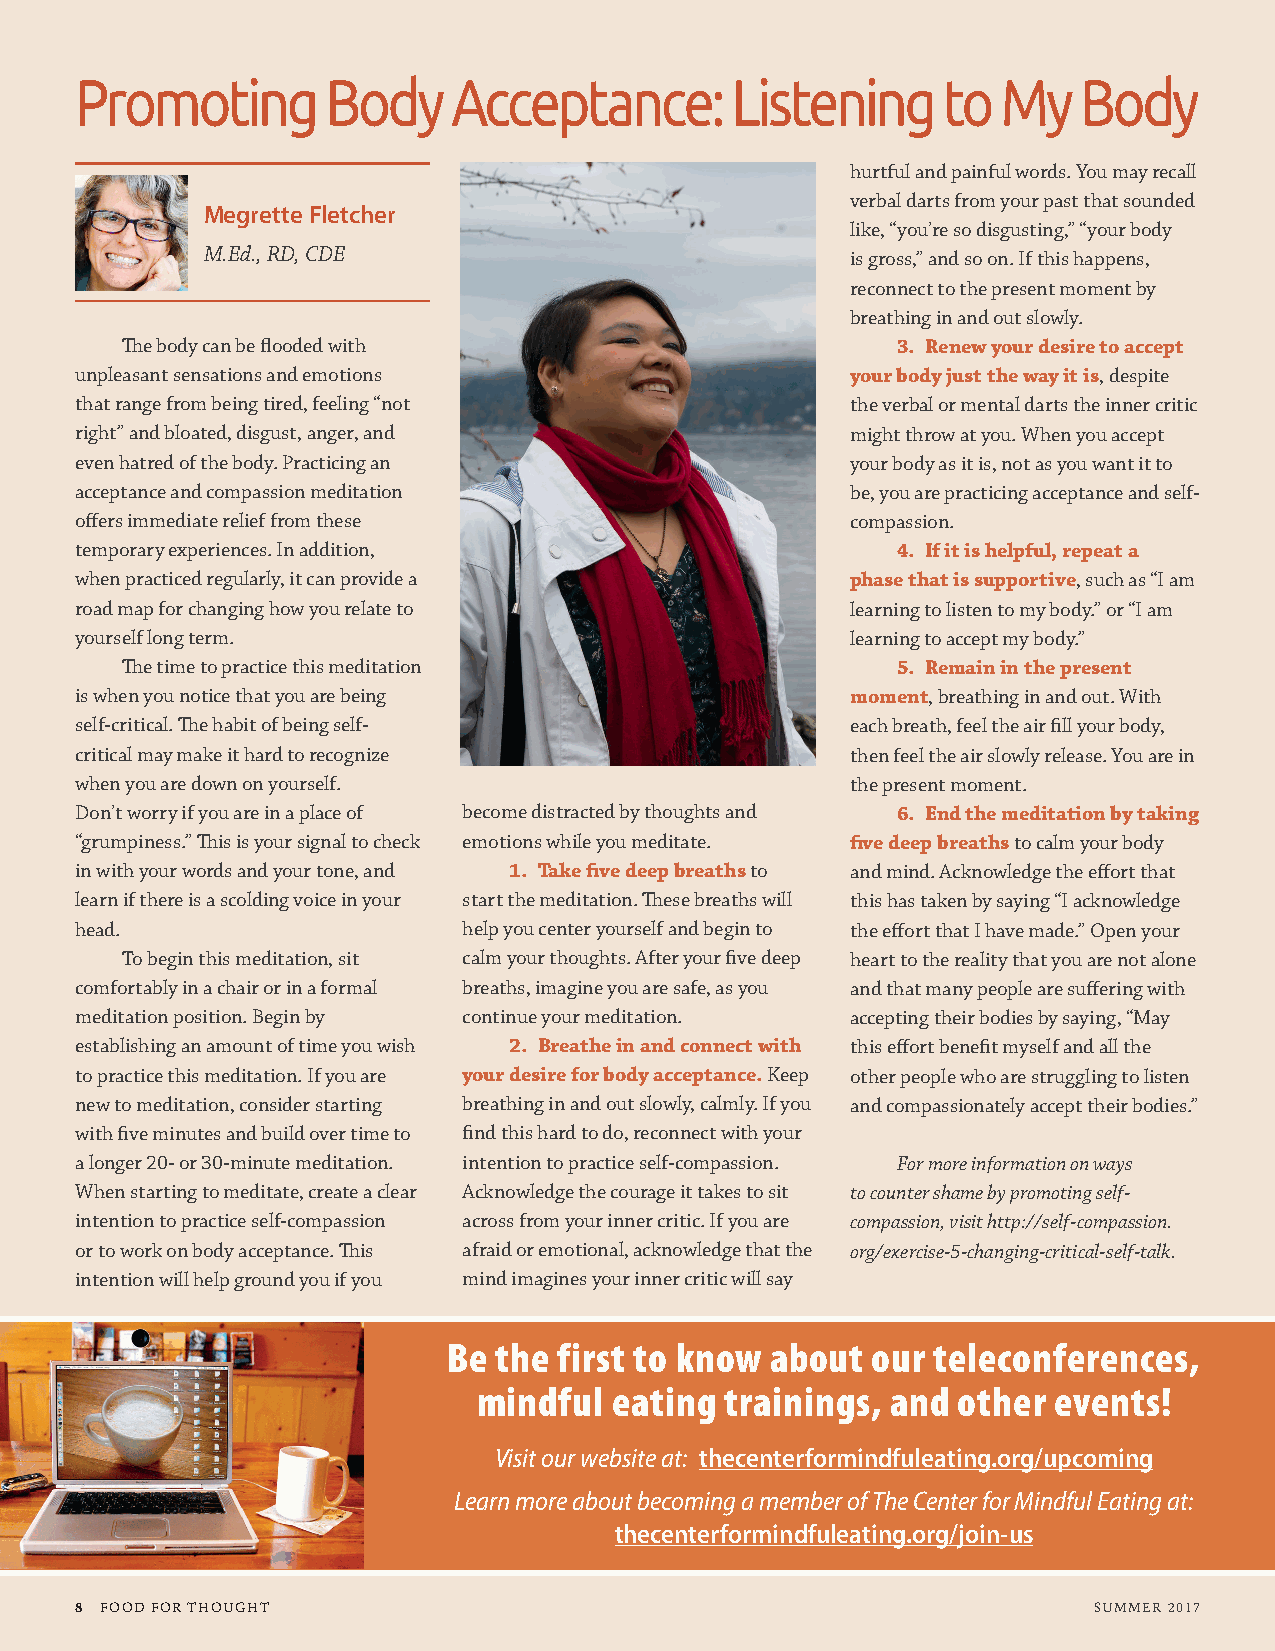
Promoting        Body    Acceptance:       Listening     to  My    Body
 hurtful and painful words. You may recall
 verbal darts from your past that sounded
 Megrette Fletcher
 like, “you’re so disgusting,” “your body
 M.Ed., RD, CDE                             is gross,” and so on. If this happens,
 reconnect to the present moment by
 breathing in and out slowly.
 The body can be flooded with                       3. Renew your desire to accept
 unpleasant sensations and emotions                 your body just the way it is, despite
 that range from being tired, feeling “not          the verbal or mental darts the inner critic
 right” and bloated, disgust, anger, and            might throw at you. When you accept
 even hatred of the body. Practicing an             your body as it is, not as you want it to
 acceptance and compassion meditation               be, you are practicing acceptance and self-
 offers immediate relief from these                 compassion.
 temporary experiences. In addition,                   4. If it is helpful, repeat a
 when practiced regularly, it can provide a         phase that is supportive, such as “I am
 road map for changing how you relate to            learning to listen to my body.” or “I am
 yourself long term.                                learning to accept my body.”
 The time to practice this meditation               5. Remain in the present
 is when you notice that you are being              moment, breathing in and out. With
 self-critical. The habit of being self-            each breath, feel the air fill your body,
 critical may make it hard to recognize             then feel the air slowly release. You are in
 when you are down on yourself.                     the present moment.
 Don’t worry if you are in a place of become distracted by thoughts and 6. End the meditation by taking
 “grumpiness.” This is your signal to check emotions while you meditate. five deep breaths to calm your body
 in with your words and your tone, and 1. Take five deep breaths to and mind. Acknowledge the effort that
 learn if there is a scolding voice in your start the meditation. These breaths will this has taken by saying “I acknowledge
 head.                     help you center yourself and begin to the effort that I have made.” Open your
 To begin this meditation, sit calm your thoughts. After your five deep heart to the reality that you are not alone
 comfortably in a chair or in a formal breaths, imagine you are safe, as you and that many people are suffering with
 meditation position. Begin by continue your meditation. accepting their bodies by saying, “May
 establishing an amount of time you wish 2. Breathe in and connect with this effort benefit myself and all the
 to practice this meditation. If you are your desire for body acceptance. Keep other people who are struggling to listen
 new to meditation, consider starting breathing in and out slowly, calmly. If you and compassionately accept their bodies.”
 with five minutes and build over time to find this hard to do, reconnect with your
 a longer 20- or 30-minute meditation. intention to practice self-compassion. For more information on ways
 When starting to meditate, create a clear Acknowledge the courage it takes to sit to counter shame by promoting self-
 intention to practice self-compassion across from your inner critic. If you are compassion, visit http://self-compassion.
 or to work on body acceptance. This afraid or emotional, acknowledge that the org/exercise-5-changing-critical-self-talk.
 intention will help ground you if you mind imagines your inner critic will say
 Be the first to know about  our teleconferences,
 mindful  eating trainings, and other  events!
 Visit our website at: thecenterformindfuleating.org/upcoming
 Learn more about becoming a member of The Center for Mindful Eating at:
 thecenterformindfuleating.org/join-us
 8 FOOD FOR THOUGHT                                                 SUMMER 2017